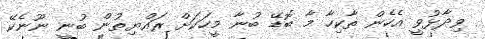
ވިދާޅުވީ އެހެން ތާކިހާ މާ ބޮޑޭ ބުނާ މީހަކަށް ރައްޔިތުން ބުނީ ނޫނެކޭ